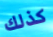
كذلك